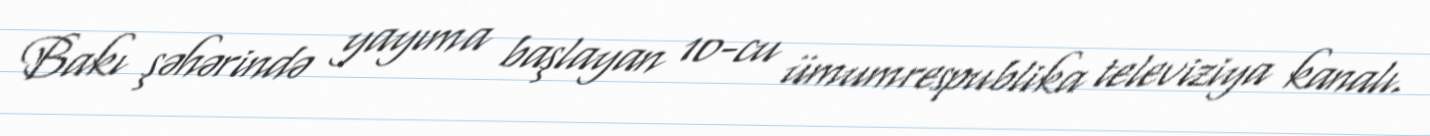
Bakı şəhərində yayıma başlayan 10-cu ümumrespublika televiziya kanalı.